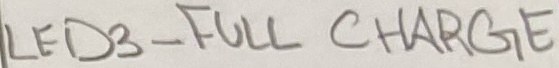
Text: LED3 - FULL CHARGE